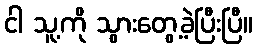
ငါ သူ့ကို သွားတွေ့ခဲ့ပြီးပြီ။